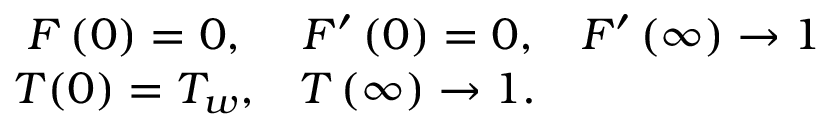
\begin{array} { c c c } { F \left( 0 \right) = 0 , } & { F ^ { \prime } \left( 0 \right) = 0 , } & { F ^ { \prime } \left( \infty \right) \to 1 } \\ { T ( 0 ) = T _ { w } , } & { T \left( \infty \right) \to 1 . } & { } \end{array}